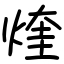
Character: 煃